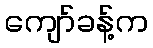
ကျော်ခန့်က